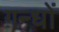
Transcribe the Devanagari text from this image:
गन्धों